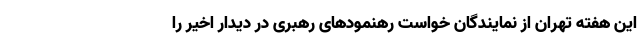
این هفته تهران از نمایندگان خواست رهنمودهای رهبری در دیدار اخیر را